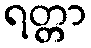
ရတ္တာ